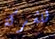
للشركة